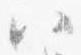
八